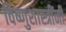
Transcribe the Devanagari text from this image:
विष्णुशास्त्रींनी